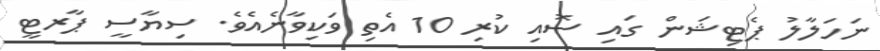
ނަހަލާލު ޕެޓިޝަން ގައި ސޮއި ކުރި 10 އެތި ވަކިވާނެއެވެ. ސިޔާސީ ޕާރޓީ